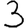
Digit: 3